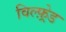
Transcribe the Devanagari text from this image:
विल्फ़्रेड